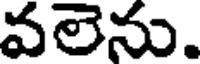
వలెను.